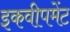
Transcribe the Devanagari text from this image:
इकवीपमेंट